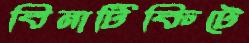
বিনাটিকিটে